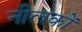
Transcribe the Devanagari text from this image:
नीलकों